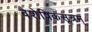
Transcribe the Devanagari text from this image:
वैशेषिकसूत्रम्